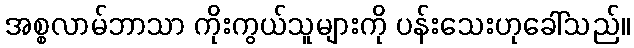
အစ္စလာမ်ဘာသာ ကိုးကွယ်သူများကို ပန်းသေးဟုခေါ်သည်။